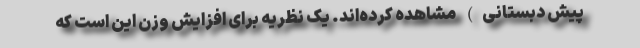
پیش دبستانی) مشاهده کرده‌اند. یک نظریه برای افزایش وزن این است که